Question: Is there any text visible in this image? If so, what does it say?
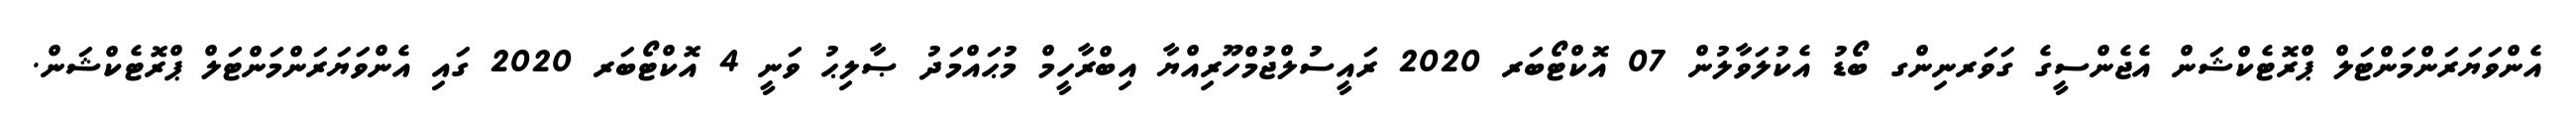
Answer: އެންވަޔަރަންމަންޓަލް ޕްރޮޓެކްޝަން އެޖެންސީގެ ގަވަރނިންގ ބޯޑު އެކުލަވާލުން 07 އޮކްޓޯބަރ 2020 ރައީސުލްޖުމްހޫރިއްޔާ އިބްރާހީމް މުޙައްމަދު ޞާލިޙު ވަނީ 4 އޮކްޓޯބަރ 2020 ގައި އެންވަޔަރަންމަންޓަލް ޕްރޮޓެކްޝަން.